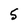
Character: 5